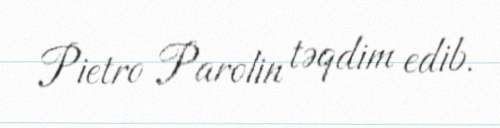
Pietro Parolin təqdim edib.